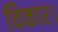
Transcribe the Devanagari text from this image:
विकार।